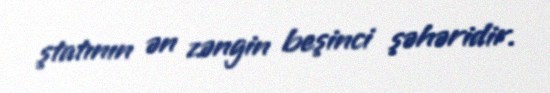
ştatının ən zəngin beşinci şəhəridir.